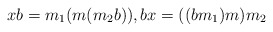
\begin{align*} x b = m_1 (m (m_2 b)), b x = ((b m_1) m) m_2 \end{align*}